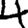
Digit: 4